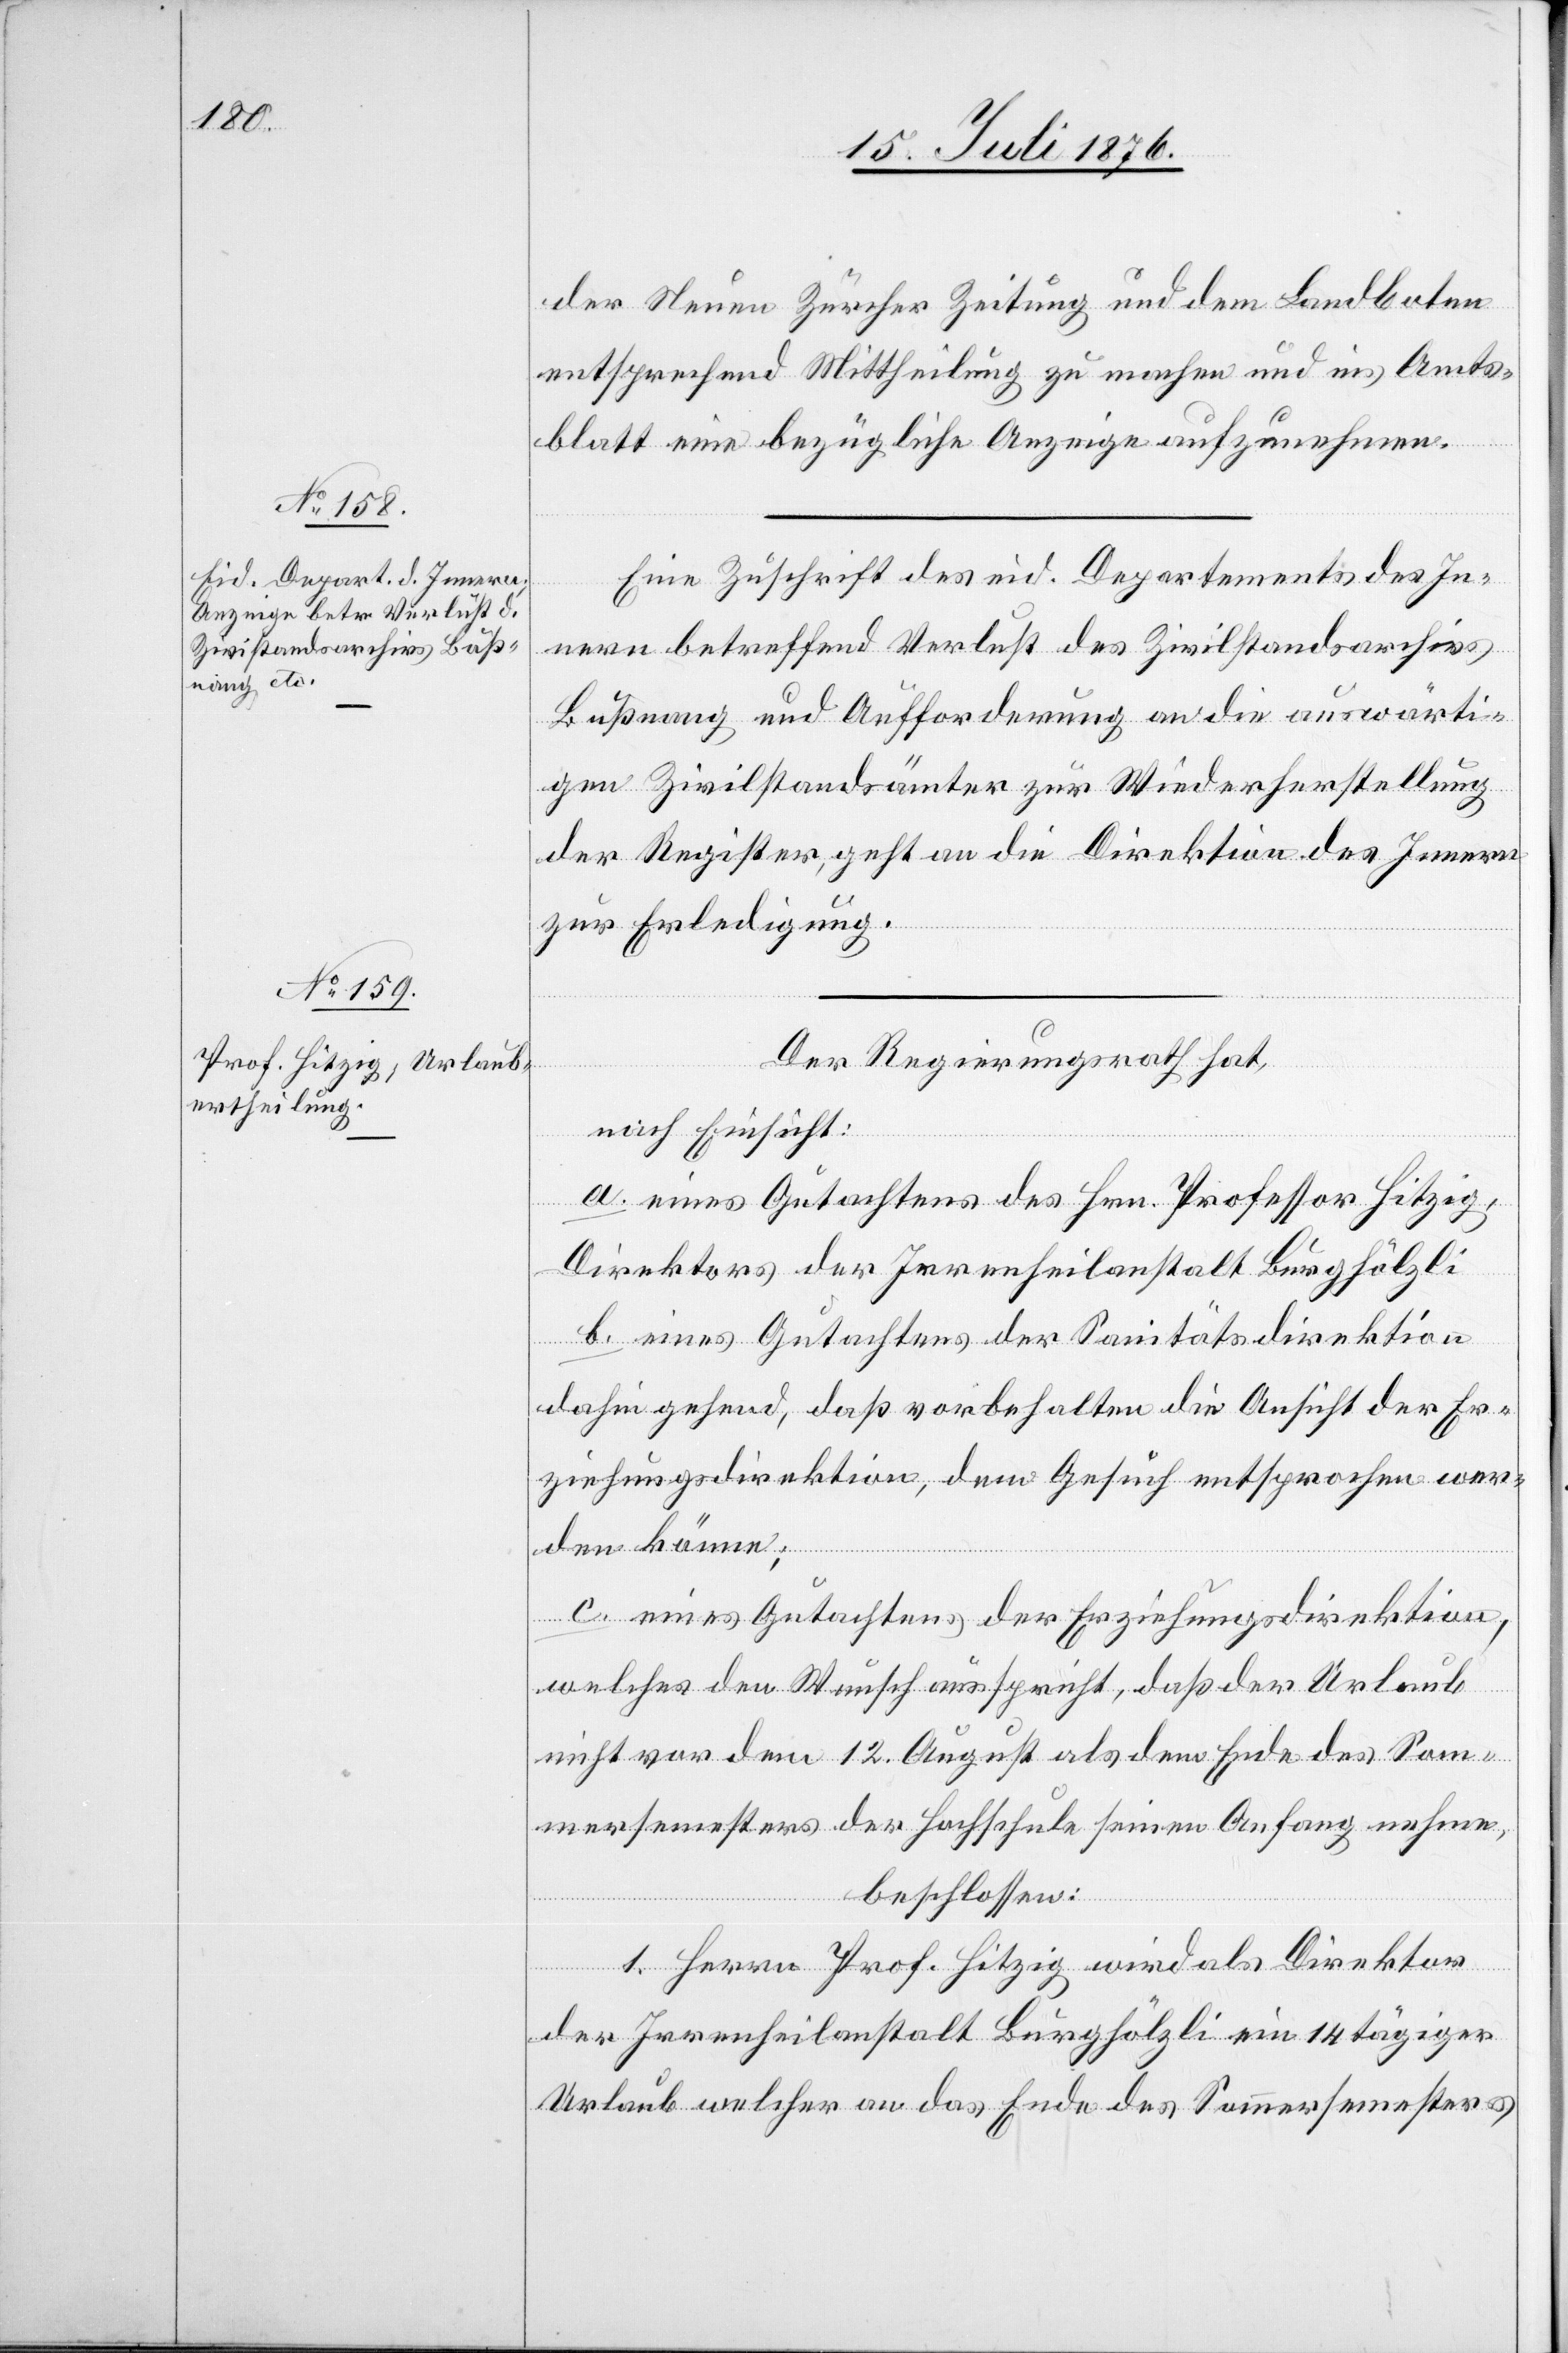
15. Juli 1876.]
der Neuen Zürcher Zeitung und dem Landboten
entsprechend Mittheilung zu machen und ins Amts¬
blatt eine bezügliche Anzeige aufzunehmen.
Eine Zuschrift des eid. Departement des In¬
nern betreffend Verlust des Zivilstandsarchivs
Bußnang und Aufforderung an die auswärti¬
gen Zivilstandsämter zur Wiederherstellung
der Register, geht an die Direktion des Innern
zur Erledigung.
Der Regierungsrath hat,
nach Einsicht:
a. eines Gutachtens des Hrn. Professor Hitzig,
Direktors der Irrenheilanstalt Burghölzli
b. eines Gutachtens der Sanitätsdirektion
dahin gehend, das vorbehalten die Ansicht der Er¬
ziehungsdirektion, dem Gesuch entsprochen wer¬
den könne,
c. eines Gutachtens der Erziehungsdirektion,
welches den Wunsch ausspricht, daß der Urlaub
nicht vor dem 12. August als dem Ende des Som¬
mersemesters der Hochschule seinen Anfang nehme,
beschlossen:
1. Herrn Prof. Hitzig wird als Direktor
der Irrenheilanstalt Burghölzli ein 14tägiger
Urlaub welcher an das Ende des Sommersemesters